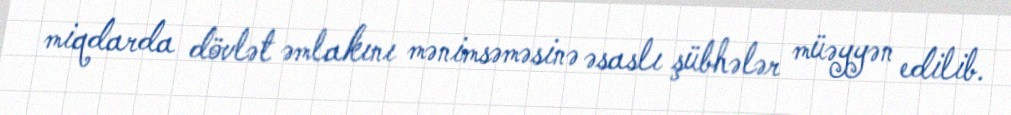
miqdarda dövlət əmlakını mənimsəməsinə əsaslı şübhələr müəyyən edilib.